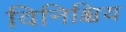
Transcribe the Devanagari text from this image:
विनिश्चिय